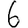
Digit: 6